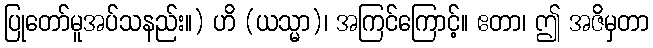
ပြုတော်မူအပ်သနည်း။) ဟိ (ယသ္မာ)၊ အကြင်ကြောင့်။ ဧတာ၊ ဤ အဇိမှတာ